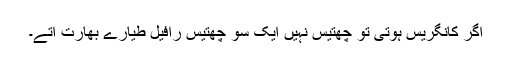
اگر کانگریس ہوتی تو چھتیس نہیں ایک سو چھتیس رافیل طیارے بھارت آتے۔